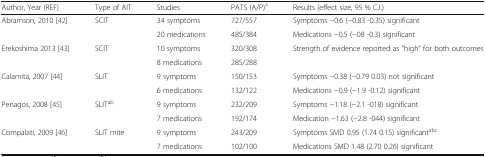
<table><thead><tr><td><b>Author, Year (REF)</b></td><td><b>Type of AIT</b></td><td><b>Studies</b></td><td><b>PATS (A/P)<sup>a</sup></b></td><td><b>Results (effect size, 95 % C.I.)</b></td></tr></thead><tbody><tr><td rowspan="2">Abramson, 2010 [42]</td><td rowspan="2">SCIT</td><td>34 symptoms</td><td>727/557</td><td>Symptoms −0.6 (−0.83 -0.35) significant</td></tr><tr><td>20 medications</td><td>485/384</td><td>Medications −0.5 (−08 -0.3) significant</td></tr><tr><td rowspan="2">Erekoshima 2013 [43]</td><td rowspan="2">SCIT</td><td>10 symptoms</td><td>320/308</td><td rowspan="2">Strength of evidence reported as “high” for both outcomes</td></tr><tr><td>8 medications</td><td>285/288</td></tr><tr><td rowspan="2">Calamita, 2007 [44]</td><td rowspan="2">SLIT</td><td>9 symptoms</td><td>150/153</td><td>Symptoms −0.38 (−0.79 0.03) not significant</td></tr><tr><td>6 medications</td><td>132/122</td><td>Medications −0.9 (−1.9 -0.12) significant</td></tr><tr><td rowspan="2">Penagos, 2008 [45]</td><td rowspan="2">SLIT<sup>ab</sup></td><td>9 symptoms</td><td>232/209</td><td>Symptoms −1.18 (−2.1 -018) significant</td></tr><tr><td>7 medications</td><td>192/174</td><td>Medication −1.63 (−2.8 -044) significant</td></tr><tr><td rowspan="2">Compalati, 2009 [46]</td><td rowspan="2">SLIT mite</td><td>9 symptoms</td><td>243/209</td><td>Symptoms SMD 0.95 (1.74 0.15) significant<sup>abc</sup></td></tr><tr><td>7 medications</td><td>102/100</td><td>Medications SMD 1.48 (2.70 0.26) significant</td></tr></tbody></table>